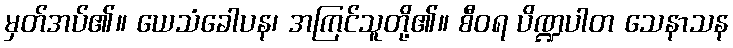
မှတ်အပ်၏။ ယေသံခေါပန၊ အကြင်သူတို့၏။ စီဝရ ပိဏ္ဍပါတ သေနာသန